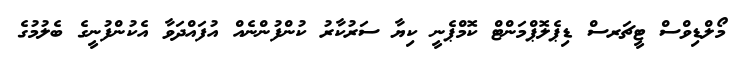
މޯލްޑިވްސް ޓީޗަރސް ޑިޕެލޮޕްމަންޓް ކޮމްޕެނީ ކިޔާ ސަރުކާރު ކުންފުންނެއް އުފައްދަވާ އެކުންފުނީގެ ބެލުމުގެ